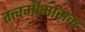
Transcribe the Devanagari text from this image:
तत्त्वमीमांसक